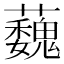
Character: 蘶